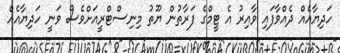
ހަދިޔާއެއް ދެއްވާފައި ވާއިރު އެ ޓީމްގެ ފަރާތުން ޔޫތު މިނިސްޓްރީއަށްވެސް ވަނީ ހަދިޔާއެއް